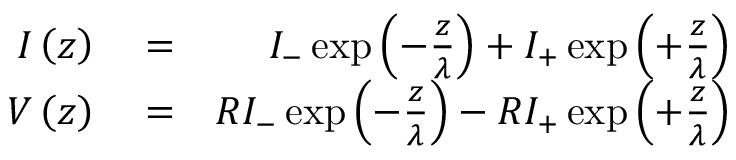
\begin{array} { r l r } { I \left( z \right) } & { { } = } & { I _ { - } \exp \left( - \frac { z } { \lambda } \right) + I _ { + } \exp \left( + \frac { z } { \lambda } \right) } \\ { V \left( z \right) } & { { } = } & { R I _ { - } \exp \left( - \frac { z } { \lambda } \right) - R I _ { + } \exp \left( + \frac { z } { \lambda } \right) } \end{array}